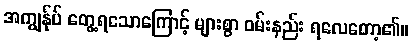
အကျွန်ုပ် တွေ့ရသောကြောင့် များစွာ ဝမ်းနည်း ရလေတော့၏။